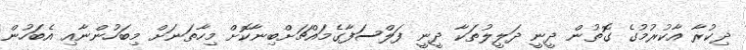
ޛިކުރާ އާކުރުމުގެ ގޮތުން ދީނީ ދަލީލުތަކާ ދީނީ ފަލްސަފާގެމައްޗަށްބިނާކޮށް މިހާތަނަށް މިބަހުންނާއި އެބަހުން